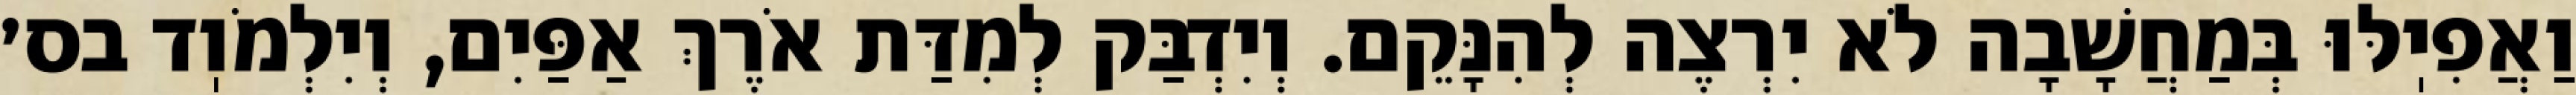
וַאֲפִיֽלּוּ בְּמַחֲשָׁבָה לֹא יִרְצֶה לְהִנָּקֵם. וְיִדְבַּק לְמִדַּת אֹרֶךְ אַפַּיִם, וְיִלְמֹוֽד בס׳